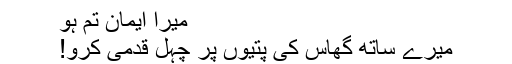
میرا ایمان تم ہو
میرے ساتھ گھاس کی پتیوں پر چہل قدمی کرو!